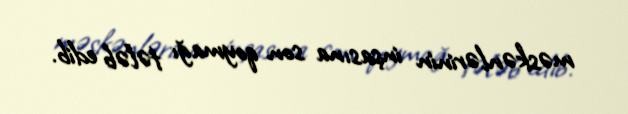
məskənlərinin inşasına son qoymağı tələb edib.